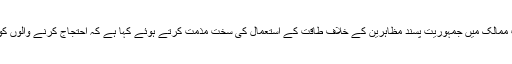
اُدھر عرب لیگ نے شام سمیت دیگر عرب ممالک میں جمہوریت پسند مظاہرین کے خلاف طاقت کے استعمال کی سخت مذمت کرتے ہوئے کہا ہے کہ احتجاج کرنے والوں کو گولیوں کی نہیں تعاون کی ضرورت ہے۔